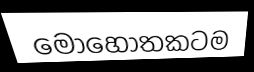
මොහොතකටම